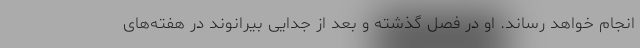
انجام خواهد رساند. او در فصل گذشته و بعد از جدایی بیرانوند در هفته‌های